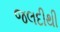
જલદીથી